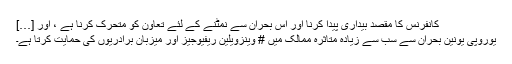
کانفرنس کا مقصد بیداری پیدا کرنا اور اس بحران سے نمٹنے کے لئے تعاون کو متحرک کرنا ہے ، اور […]
یوروپی یونین بحران سے سب سے زیادہ متاثرہ ممالک میں # وینزویلین ریفیوجیز اور میزبان برادریوں کی حمایت کرتا ہے۔